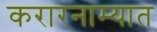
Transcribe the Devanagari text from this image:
करारनाम्यात